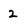
Character: 2